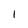
Character: l